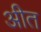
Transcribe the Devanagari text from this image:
अीत